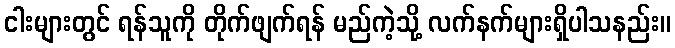
ငါးများတွင် ရန်သူကို တိုက်ဖျက်ရန် မည်ကဲ့သို့ လက်နက်များရှိပါသနည်း။